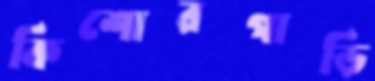
কিশোরগাড়ি